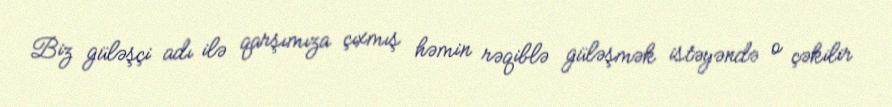
Biz güləşçi adı ilə qarşımıza çıxmış həmin rəqiblə güləşmək istəyəndə o çəkilir